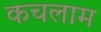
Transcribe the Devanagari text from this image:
कचलाम